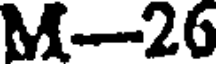
M-26